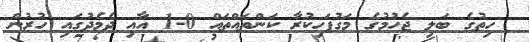
ހިތުގެ ބަލި ޖެހުމުގެ މަގުފަހިކުރާ ކަންތައްތައް 0-1 އާއި ދެމެދުގައި ހުރުން